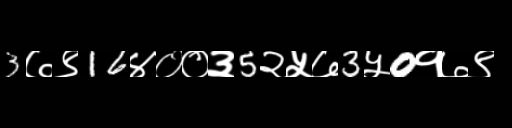
Text: 3७९16४००३5२५७3५0१७९